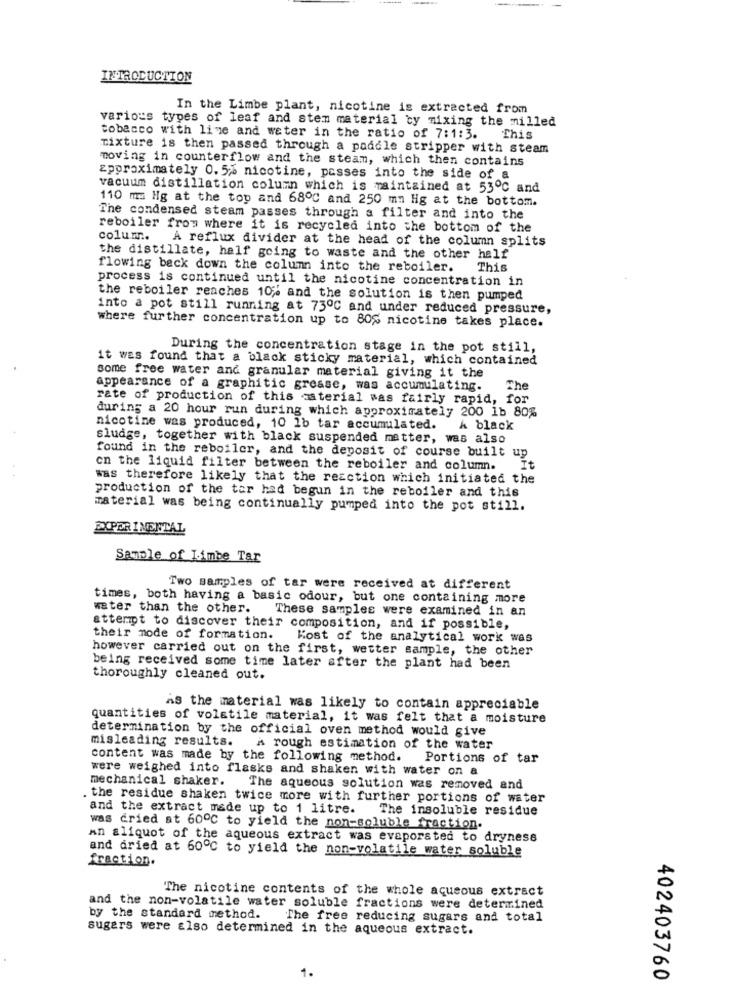
INTRODUCTION
In the Limbe plant, nicotine is extracted from
various types of leaf and stem material ty mixing the milled
tobacco with live and water in the ratio of 7:1:3. This
mixture is then passed through a paddle stripper with steam
moving in counterflow and the steam, which then contains
approximately 0. 5% nicotine, passes into the side of a
vacuum distillation column which is maintained at 53℃ and
110 m Hg at the top and 68℃ and 250 mm Hg at the bottom.
The condensed steam passes through a filter and into the
reboiler from where it is recycled into the bottom of the
column. A reflux divider at the head of the column splits
the distillate, half going to waste and the other half
flowing beck down the column into the reboiler.
This
process is continued until the nicotine concentration in
the reboiler reaches 10% and the solution is then pumped
into a pot still running at 73ºC and under reduced pressure,
where further concentration up to 80% nicotine takes place.
During the concentration stage in the pot still,
it was found that a black sticky material, which contained
some free water and granular material giving it the
appearance of a graphitic grease, was accumulating.
The
rate of production of this asterial was fairly rapid, for
during a 20 hour run during which approximately 200 1b 80%
nicotine was produced, 10 1b tar accumulated.
A black
sludge, together with black suspended matter, was also
found in the reboiler, and the deposit of course built up
on the liquid filter between the reboiler and column.
It
was therefore likely that the reaction which initiated the
production of the tar had begun in the reboiler and this
material was being continually pumped into the pot still.
EXPERIMENTAL
Sample of Limbe Tar
Two samples of tar were received at different
times, both having a basic odour, but one containing more
water than the other. These samples were examined in an
attempt to discover their composition, and if possible,
their mode of formation.
Kost of the analytical work was
however carried out on the first, wetter sample, the other
being received some time later after the plant had been
thoroughly cleaned out.
is the material was likely to contain appreciable
quantities of volatile material, it was felt that a moisture
determination by the official oven method would give
misleading results.
A rough estimation of the water
content was made by the following method. Portions of tar
were weighed into flasks and shaken with water on a
mechanical shaker. The aqueous solution was removed and
. the residue shaken twice more with further portions of water
and the extract made up to 1 litre.
The insoluble residue
was cried at 600℃ to yield the non-soluble fraction.
an aliquot of the aqueous extract was evaporated to dryness
and dried at 60℃ to yield the non-volatile water soluble
fraction.
The nicotine contents of the whole aqueous extract
and the non-volatile water soluble fractions were determined
by the standard method.
The free reducing sugars and total
sugars were also determined in the aqueous extract.
1.
402403760